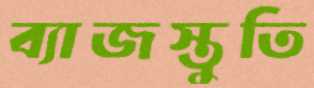
ব্যাজস্তুতি